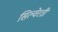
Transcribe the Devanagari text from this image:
सिल्वेस्त्री